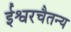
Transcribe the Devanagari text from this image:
ईश्वरचैतन्य